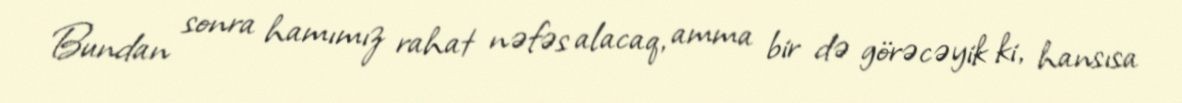
Bundan sonra hamımız rahat nəfəs alacaq, amma bir də görəcəyik ki, hansısa